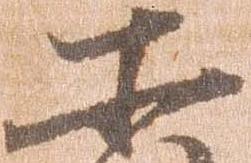
所